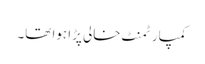
کمپارٹمنٹ خالی پڑا ہوا تھا۔